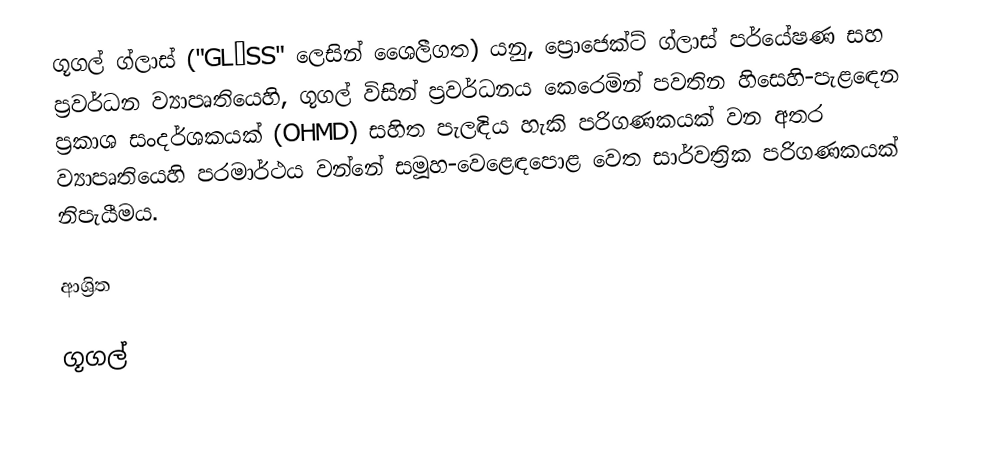
ගූගල් ග්ලාස් ("GLΛSS" ලෙසින් ශෛලීගත) යනු, ප්‍රොජෙක්ට් ග්ලාස් පර්යේෂණ සහ ප්‍රවර්ධන ව්‍යාපෘතියෙහි, ගූගල් විසින් ප්‍රවර්ධනය කෙරෙමින් පවතින හිසෙහි-පැළඳෙන ප්‍රකාශ සංදර්ශකයක් (OHMD) සහිත පැලඳිය හැකි පරිගණකයක්  වන අතර ව්‍යාපෘතියෙහි පරමාර්ථය වන්නේ සමූහ-වෙළෙඳපොළ වෙත සාර්වත්‍රික පරිගණකයක් නිපැයීමය.

ආශ්‍රිත

ගූගල්